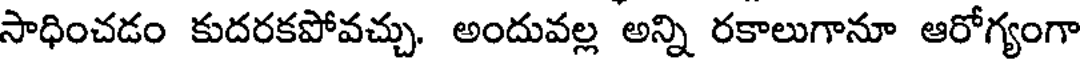
సాధించడం కుదరకపోవచ్చు. అందువల్ల అన్ని రకాలుగానూ ఆరోగ్యంగా